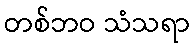
တစ်ဘဝ သံသရာ